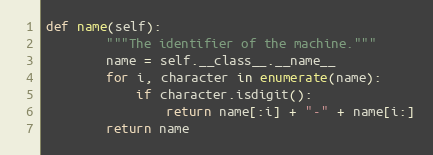
Language: Python
def name(self):
        """The identifier of the machine."""
        name = self.__class__.__name__
        for i, character in enumerate(name):
            if character.isdigit():
                return name[:i] + "-" + name[i:]
        return name